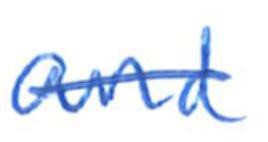
Text: and
Cross-out: single-line
Writing tool: ballpoint